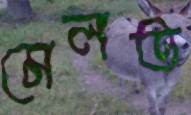
মেলত